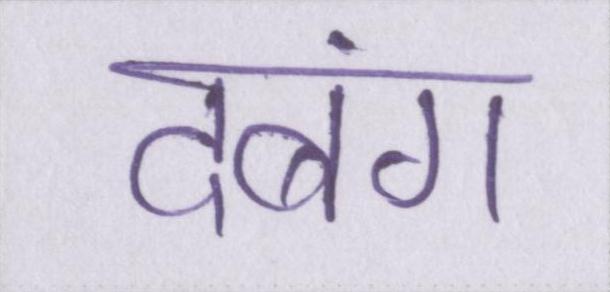
दबंग